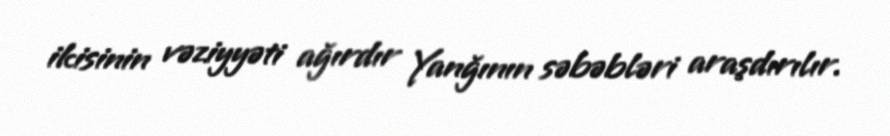
ikisinin vəziyyəti ağırdır Yanğının səbəbləri araşdırılır.